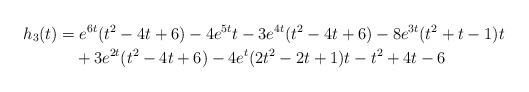
LaTeX: \begin{align*}h_3(t)&=e^{6 t} (t^2-4 t+6)-4 e^{5 t} t-3 e^{4 t} (t^2-4 t+6)-8 e^{3 t} (t^2+t-1) t\\&\quad+3 e^{2 t} (t^2-4 t+6)-4 e^t (2 t^2-2 t+1) t-t^2+4 t-6\end{align*}